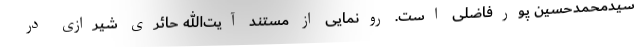
سیدمحمدحسین پورفاضلی است. رونمایی از مستند آیت‌الله حائری شیرازی در